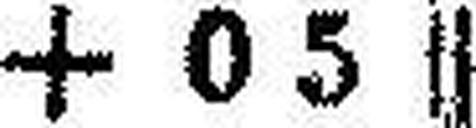
+ 0 5